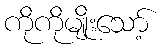
ကိုကိုမျိုးသော့်